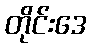
တိုင်းဒေ